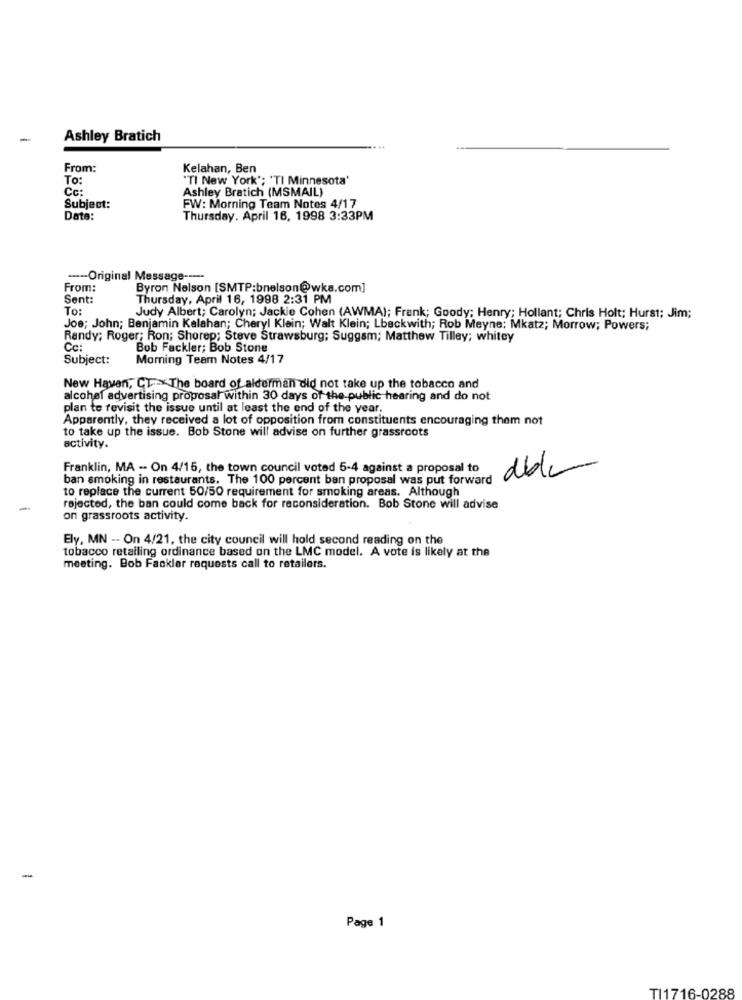
-
Ashley Bratich
From:
Kelahan, Ben
To:
"TI New York'; 'TI Minnesota'
Cc:
Ashley Bratich (MSMAIL)
Subject:
FW: Morning Team Notes 4/17
Date:
Thursday, April 16, 1998 3:33PM
---- Original Message ----
From:
Byron Nelson [SMTP:bnelson@wka.com]
Sent:
Thursday, April 16, 1998 2:31 PM
To:
Judy Albert; Carolyn; Jackie Cohen (AWMA); Frank; Goody; Henry; Hollant; Chris Holt; Hurst: Jim;
Joe; John; Benjamin Kalahan; Cheryl Klein; Walt Klein; Lbeckwith; Rob Meyne: Mkatz; Morrow; Powers;
Randy; Roger; Ron; Shorep; Steve Strawsburg; Suggam; Matthew Tilley; whitey
Cc:
Bob Fackler; Bob Stone
Subject:
Morning Team Notes 4/17
New Haven, CT. The board of alderman did not take up the tobacco and
alcohol advertising proposal within 30 days of the public hearing and do not
plan to revisit the issue until at least the end of the year.
Apparently, they received a lot of opposition from constituents encouraging them not
to take up the issue. Bob Stone will advise on further grassroots
activity.
Franklin, MA -- On 4/15, the town council voted 5-4 against a proposal to
able
ban smoking in restaurants. The 100 percent ban proposal was put forward
to replace the current 50/50 requirement for smoking areas. Although
-
rejected, the ban could come back for reconsideration. Bob Stone will advise
on grassroots activity.
Ely, MN -- On 4/21, the city council will hold second reading on the
tobacco retailing ordinance based on the LMC model. A vote is likely at the
meeting. Bob Fackler requests call to retailers.
-
Page 1
TI1716-0288